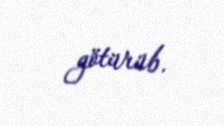
götürüb.